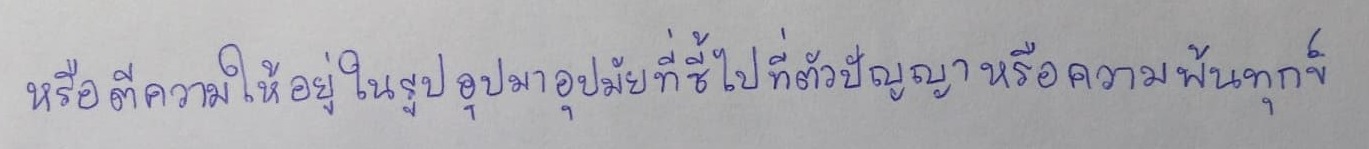
หรือตีความให้อยู่ในรูปอุปมาอุปมัยที่ชี้ไปที่ตัวปัญญาหรือความพ้นทุกข์